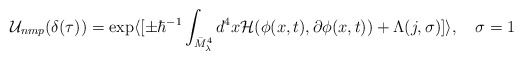
\begin{align*}{\cal U}_{nmp} (\delta(\tau)) = \exp \langle [\pm \hbar^{-1} \int_{\bar{M}^4_\lambda}d^4x {\cal H}(\phi(x,t), \partial \phi(x,t)) +\Lambda(j,\sigma) ]\rangle, \quad \sigma =1\end{align*}